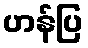
ဟန်ပြ